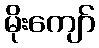
မိုးကျော်